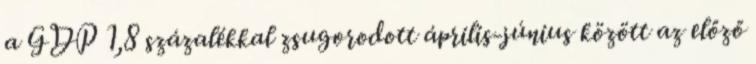
a GDP 1,8 százalékkal zsugorodott április-június között az előző